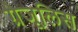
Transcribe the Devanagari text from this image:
ग्रेजूलिस